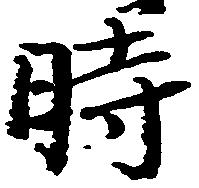
時